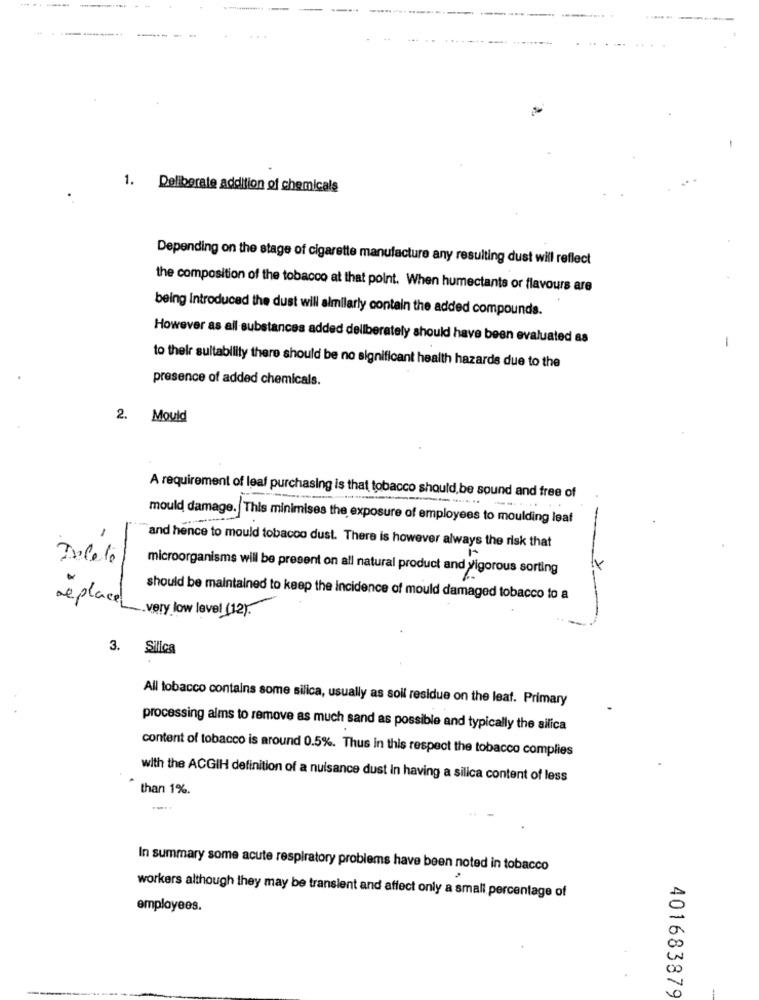
-----
----
1. Deliberate addition of chemicals
Depending on the stage of cigarette manufacture any resulting dust will reflect
the composition of the tobacco at that point. When humectante or flavours are
being introduced the dust will almilarly contain the added compounds.
However as all substances added deliberately should have been evaluated 8a
-
to their sultability there should be no significant health hazards due to the
presence of added chemicals.
2. Mould
A requirement of leaf purchasing is that tobacco should be sound and free of
... -.. ...
mould damage. This minimises the exposure of employees to moulding leaf
-
and hence to mould tobacco dust. There is however always the risk that
microorganisms will be present on all natural product and vigorous sorting
replace
should be maintained to keep the incidence of mould damaged tobacco to a
very low level (12).
3. Silica
All tobacco contains some silica, usually as soll residue on the leaf. Primary
processing alms to remove as much sand as possible and typically the silica
content of tobacco is around 0.5%. Thus In this respect the tobacco complies
with the ACGIH definition of a nuisance dust In having a silica content of less
than 1%.
In summary some acute respiratory problems have been noted in tobacco
workers although they may be transient and affect only a small percentage of
employees.
401683879
-